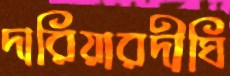
দারিয়ারদীঘি